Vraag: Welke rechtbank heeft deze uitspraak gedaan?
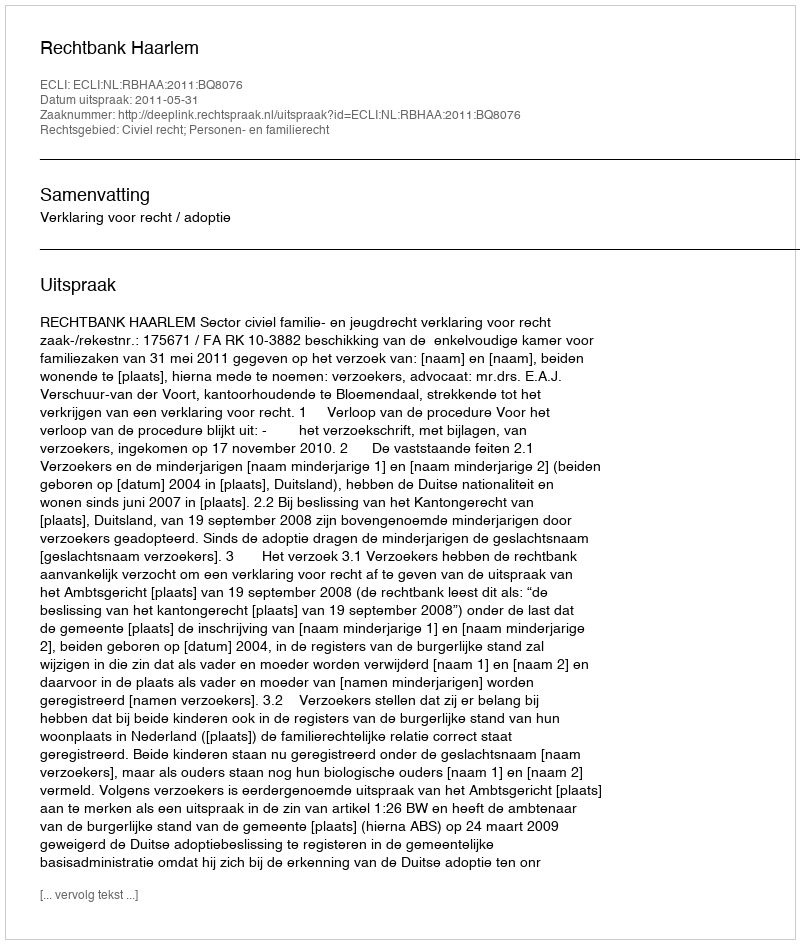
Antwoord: Rechtbank Haarlem